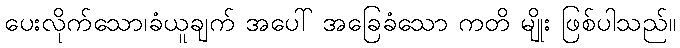
ပေးလိုက်သော၊ခံယူချက် အပေါ် အခြေခံသော ကတိ မျိုး ဖြစ်ပါသည်။